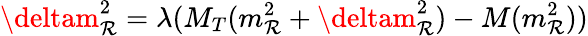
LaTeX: \deltam_{\mathcal{R}}^{2}=\lambda(M_{T}(m_{\mathcal{R}}^{2}+\deltam_{\mathcal{R}}^{2})-M(m_{\mathcal{R}}^{2}))